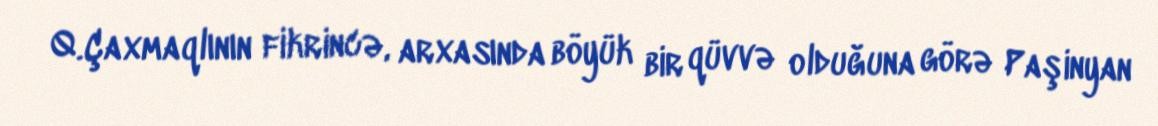
Q.Çaxmaqlının fikrincə, arxasında böyük bir qüvvə olduğuna görə Paşinyan